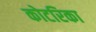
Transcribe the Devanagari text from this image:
कोटरिका